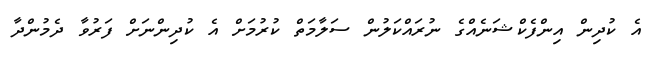
އެ ކުދިން އިންފެކްޝަނެއްގެ ނުރައްކަލުން ސަލާމަތް ކުރުމަށް އެ ކުދިންނަށް ފަރުވާ ދެމުންދާ